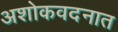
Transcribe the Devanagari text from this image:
अशोकवदनात